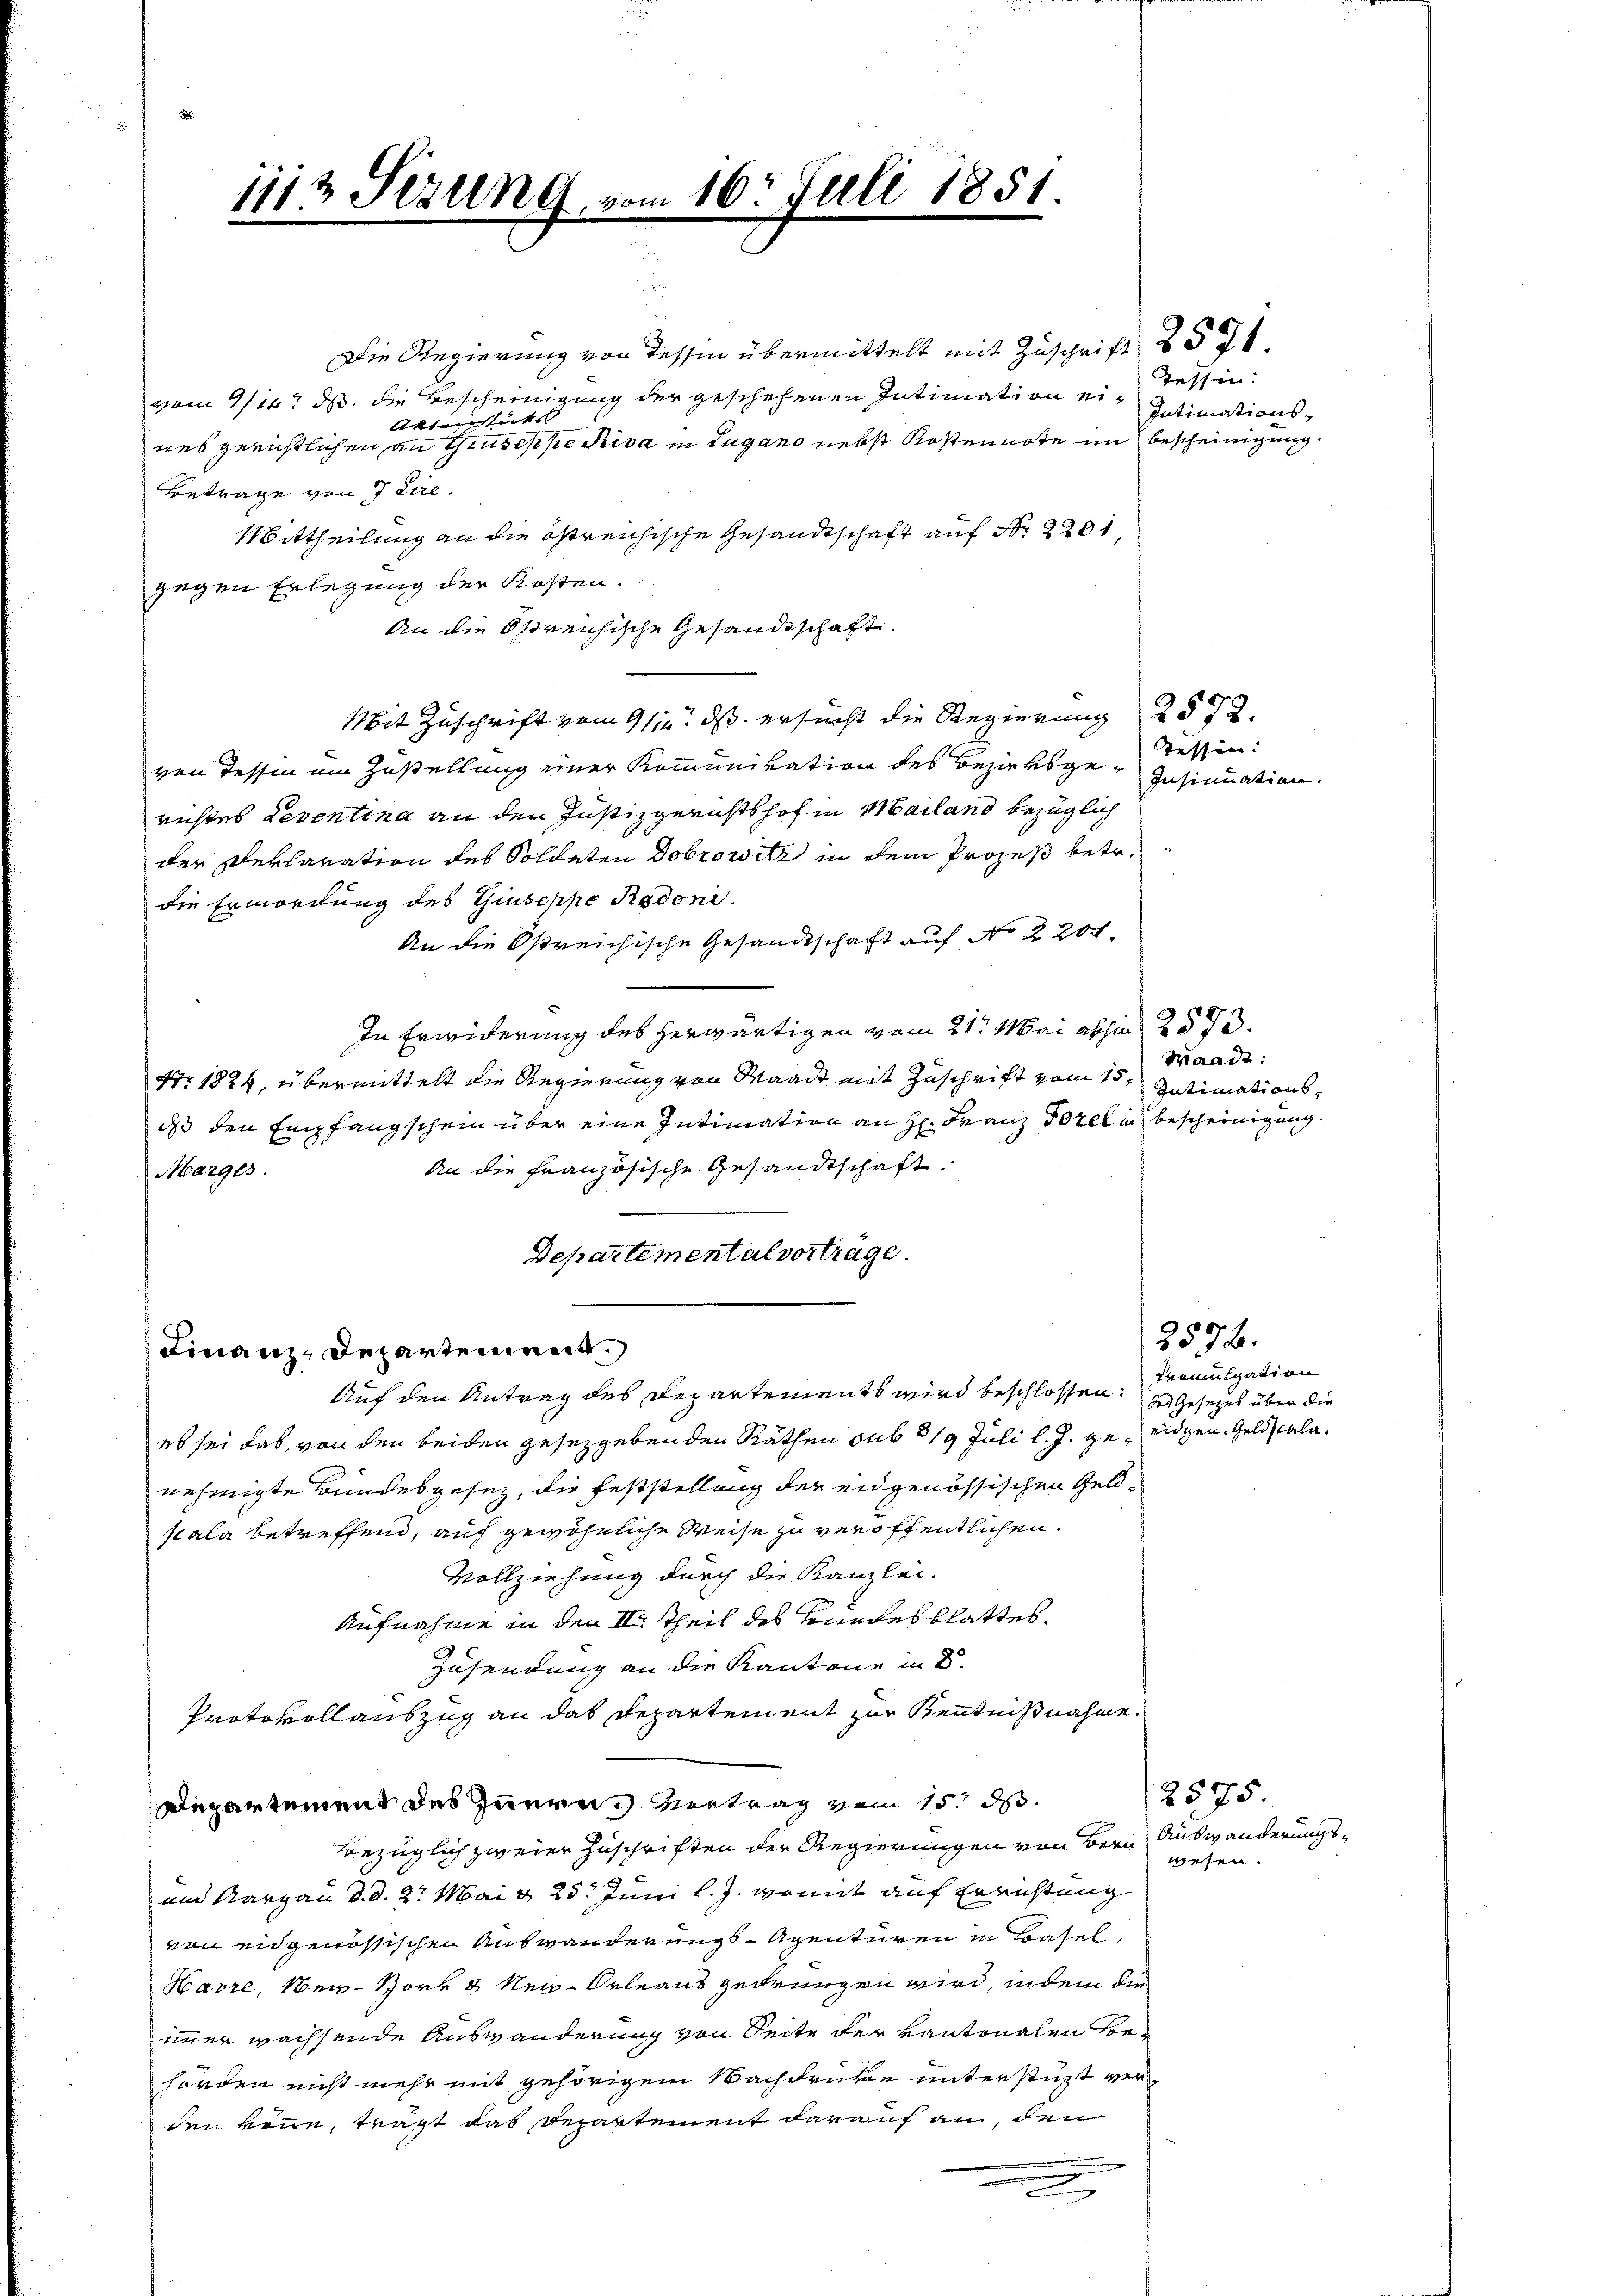
1113 Setzung

e

16. Juli 1851.

Die Regierung von dessen übermittelt mit Zuschrift 257
vom 11t d. die Bescheinigung der geschehenen Intimation ei¬
Aktenstücks
nes gerichtlichen an Gruseppe Riva in Lugano nebst Kostennote im Bescheinigung.
Betrage von Teire.
Mittheilung an die östreichische Gesandtschaft auf Nr. 2201,
gegen Erlegung der Kosten.
An die östreichische Gesandtschaft¬
Mit Zuschrift vom 9/12. ds. ersucht die Regierung 2572.
von Tessin ein Zustellung einer Kommunikation des Bezirksge-Insinuation.
nichtes Lesentina an den Justizgerichtshof in Mailand bezüglich
der Declaration des Soldeten Dobrowitz in dem Prozeß betr.
die Ermordung des Giuseppe Rodoni.
An die Ostreichische Gesandtschaft auf No 220.
In Erwiderung des herwärtigen vom 21. Mai abhin 2573.
Nr. 1824, übermittelt die Regierung von Waadt mit Zuschrift vom 15. Jutimationsdass den Empfangschein über eine Intimation an H: Franz Borel an bescheinigung.
An die Französische Gesandtschaft.
Marges.
Departemental vorträge.
Finanz, Departement.

Auf den Antrag des Departements wird beschlossen. In Gesetzes über die
eb sei das, von den beiden gesetzgebenden Räthen sub 319 Juli l. J. ge¬ eidgen. Geldscalanehmigte Bundesgesez, die Feststellung der eidgenössischen Geldscala betreffend, auf gewöhnliche Weise zu veröffentlichen.
Vollziehung durch die Kanzlei-
Aufnahme in den II. Theil des Sonnes blattes.
Zusendung an die Kantone in d
Protokollauszug an das Departement zur Kenntnißnahme.
Departement des Innern Vertrag vom 15. ds.
bezüglich zweier Zuschriften der Regierungen von Bern
und Aargau d. d. 2t. Mai d. 25. Juni l. J. womit auf Errichtung
von eidgenössischen Auswanderungs-Agentuiren in Basel,
Havre, New-York & Neu-Orleaus gedrungen wird, in dem die
immer wachsende Auswanderung von Seite der Kantonalen Behorden nicht mehr mit gehörigem Nachdruke unterstüzt verden könne, tragt das Departement darauf an, den
e

Tessin:
Intimations-

Tessin:

Waadt:

Promulgation

2572.

2575
Auswanderungswesen.